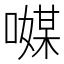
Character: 𠿃